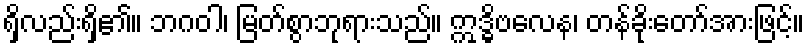
ရှိလည်းရှိ၏။ ဘဂဝါ၊ မြတ်စွာဘုရားသည်။ ဣဒ္ဓိဗလေန၊ တန်ခိုးတော်အားဖြင့်။